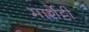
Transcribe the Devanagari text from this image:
मार्शेट्टी